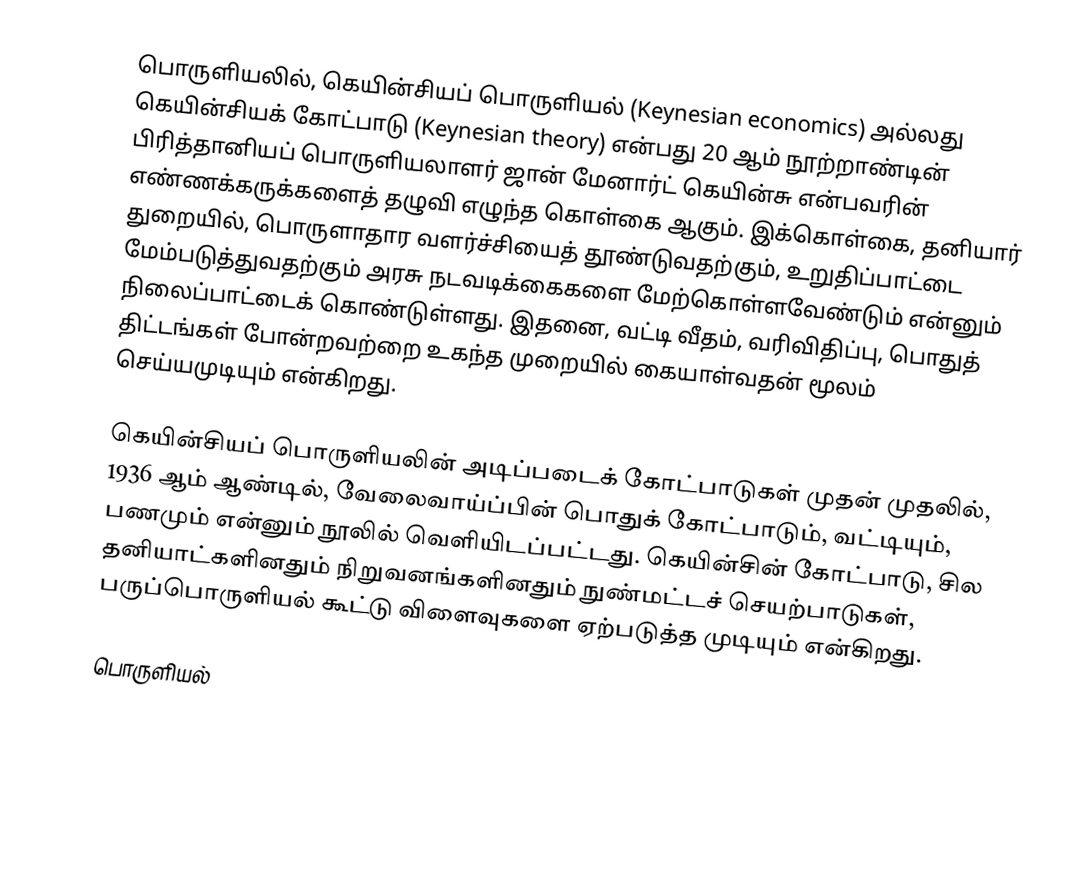
பொருளியலில், கெயின்சியப் பொருளியல் (Keynesian economics) அல்லது கெயின்சியக் கோட்பாடு (Keynesian theory) என்பது 20 ஆம் நூற்றாண்டின் பிரித்தானியப் பொருளியலாளர் ஜான் மேனார்ட் கெயின்சு என்பவரின் எண்ணக்கருக்களைத் தழுவி எழுந்த கொள்கை ஆகும். இக்கொள்கை, தனியார் துறையில், பொருளாதார வளர்ச்சியைத் தூண்டுவதற்கும், உறுதிப்பாட்டை மேம்படுத்துவதற்கும் அரசு நடவடிக்கைகளை மேற்கொள்ளவேண்டும் என்னும் நிலைப்பாட்டைக் கொண்டுள்ளது. இதனை, வட்டி வீதம், வரிவிதிப்பு, பொதுத் திட்டங்கள் போன்றவற்றை உகந்த முறையில் கையாள்வதன் மூலம் செய்யமுடியும் என்கிறது.

கெயின்சியப் பொருளியலின் அடிப்படைக் கோட்பாடுகள் முதன் முதலில், 1936 ஆம் ஆண்டில், வேலைவாய்ப்பின் பொதுக் கோட்பாடும், வட்டியும், பணமும் என்னும் நூலில் வெளியிடப்பட்டது. கெயின்சின் கோட்பாடு, சில தனியாட்களினதும் நிறுவனங்களினதும் நுண்மட்டச் செயற்பாடுகள், பருப்பொருளியல் கூட்டு விளைவுகளை ஏற்படுத்த முடியும் என்கிறது.

பொருளியல்